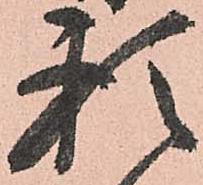
頼